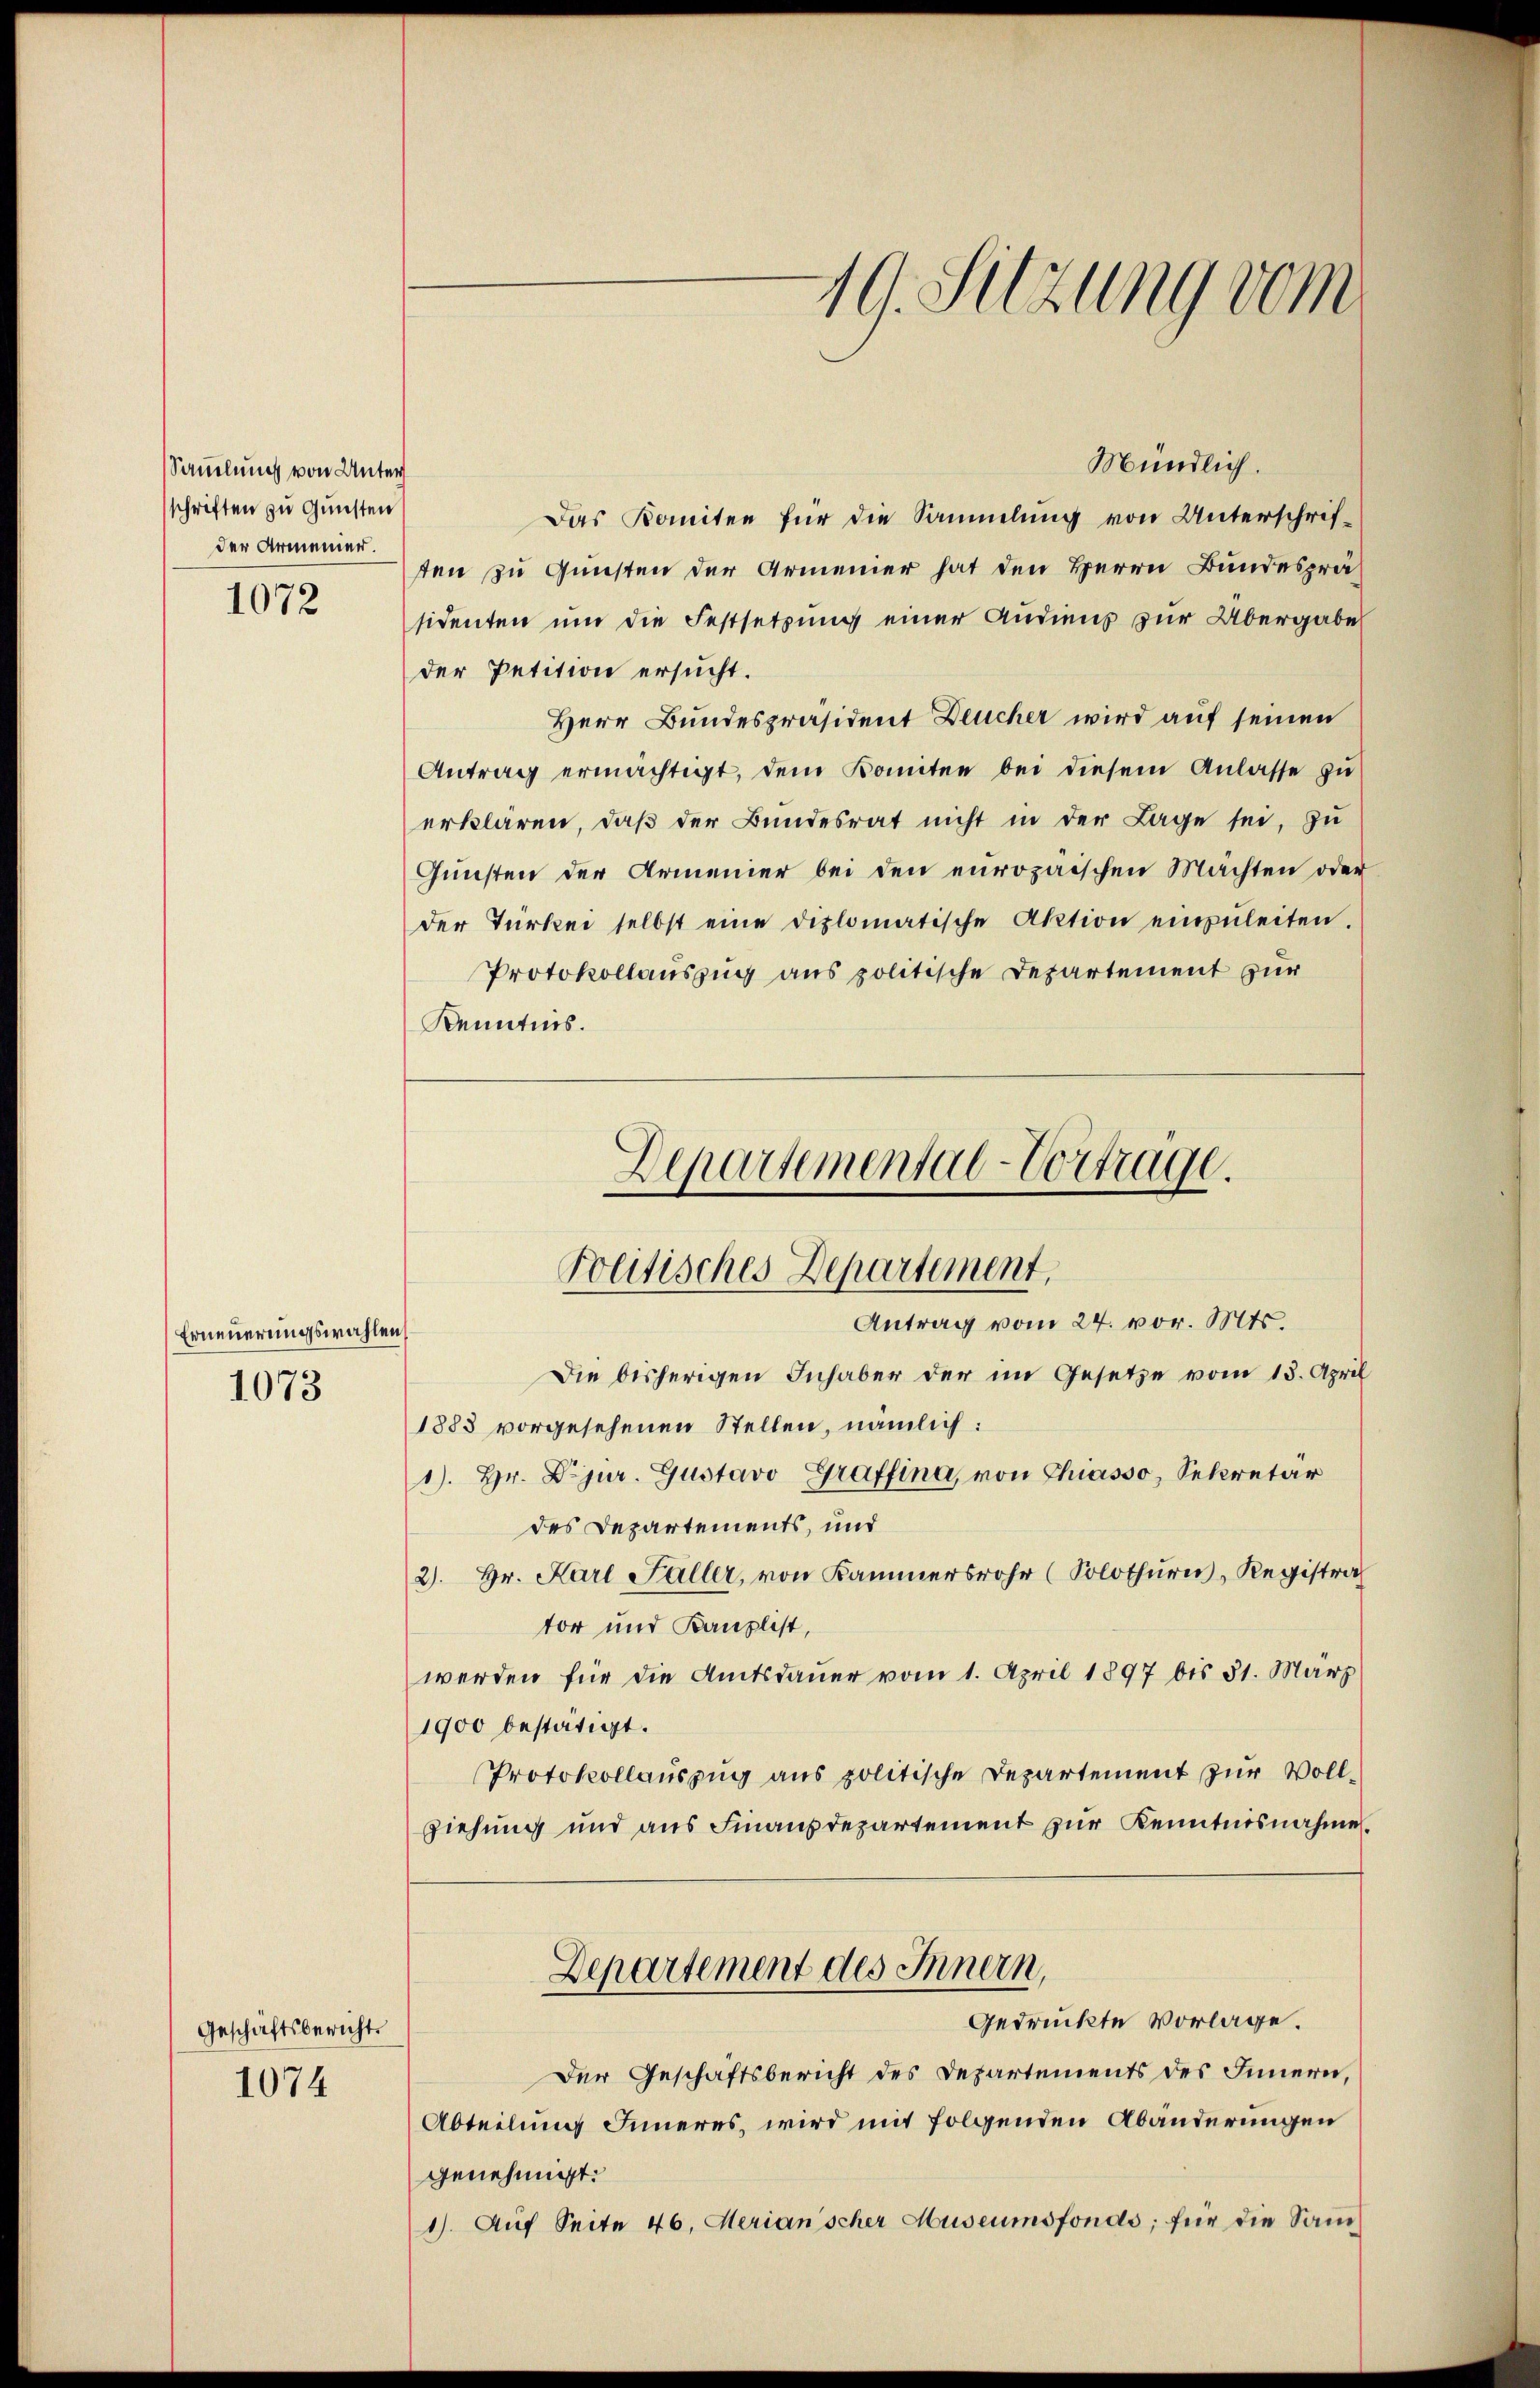
Sammlung von Unter
sschriften zu Gunsten
der Armenier.

1072

Erneuerungswahlen
1073

Geschäftsbericht.
1074

Mündlich.
Das Komiten für die Sammlung von Unterschriften zu Gunsten der Armenier hat den Herrn Bundespräsidenten um die Festsetzung einer Audiens zur Übergabe
der Petition ersucht.
Herr Bundespräsident Deucher wird auf seinen
Antrag ermächtigt, dem Komitee bei diesem Anlasse zu
erklären, daß der Bundesrat nicht in der Lage sei, zu
Gunsten der Armenier bei den europäischen Machten oder
der Türkei selbst eine diplomatische Aktion einzŭleiten.
Protokollauszug aus politische Departement zur
Kenntnis.
Departemental-Vortrage.

19. Sitzung vom

Politisches Departement.
Antrag vom 24. vor. Mts.

Die bisherigen Inhaber der im Gesetze vom 13. April
1883 vorgesehenen Stellen, nämlich:
1). Hr. Dr jur. Gustavo Graffina, von Chiasso, Sekretär
des Departements, und
2). Hr. Karl Faller, von Kammersrohr (Solothurn, Registra
tor und Kanzlist,
werden für die Amtsdauer vom 1. April 1897 bis 31. März
1900 bestätigt.
Protokollauszug aus politische Departement zur Vollziehung und aus Finanzdepartement zur Kenntnisnahme.
Departement des Innern,
Gedrückte Vorlage.
Der Geschäftsbericht des Departements des Innern,
Abteilung Inneres, wird mit folgenden Abänderungen
genehmigt.
1). Aŭf Seite 46. Merian'scher Museumsfonds; für die Sam¬